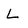
Character: L